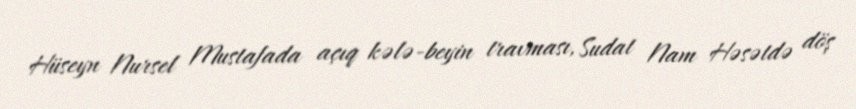
Hüseyn Nursel Mustafada açıq kələ-beyin travması, Sudat Nam Həsətdə döş